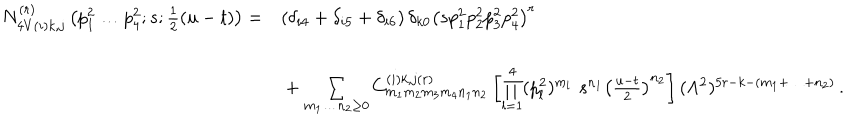
\begin{array} { l l } { { N _ { 4 V ( i ) k , j } ^ { ( r ) } \left( p _ { 1 } ^ { 2 } \ldots p _ { 4 } ^ { 2 } ; s ; \frac { 1 } { 2 } ( u - t ) \right) = } } & { { \left( \delta _ { i 4 } + \delta _ { i 5 } + \delta _ { i 6 } \right) \delta _ { k 0 } \left( s p _ { 1 } ^ { 2 } p _ { 2 } ^ { 2 } p _ { 3 } ^ { 2 } p _ { 4 } ^ { 2 } \right) ^ { r } } } \\ { { \mathrm { } } } & { { { \hspace { - 4 . 5 c m } } + \sum _ { m _ { 1 } \ldots n _ { 2 } \ge 0 } C _ { m _ { 1 } m _ { 2 } m _ { 3 } m _ { 4 } n _ { 1 } n _ { 2 } } ^ { ( i ) k , j ( r ) } \left[ \prod _ { l = 1 } ^ { 4 } ( p _ { l } ^ { 2 } ) ^ { m _ { l } } \, \, s ^ { n _ { 1 } } \left( \frac { u - t } { 2 } \right) ^ { n _ { 2 } } \right] ( \Lambda ^ { 2 } ) ^ { 5 r - k - ( m _ { 1 } + \ldots + n _ { 2 } ) } \, . } } \\ \end{array}